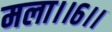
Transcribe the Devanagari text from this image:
मला।।६।।